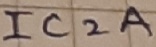
Text: IC2A